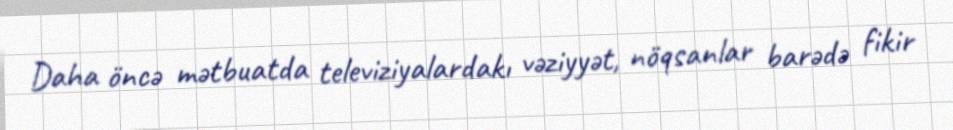
Daha öncə mətbuatda televiziyalardakı vəziyyət, nöqsanlar barədə fikir